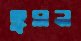
ছুব্‌লন